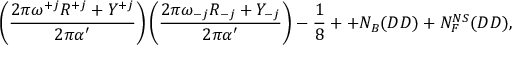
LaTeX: \left( \frac { 2 \pi \omega ^ { + j } R ^ { + j } + Y ^ { + j } } { 2 \pi \alpha ^ { \prime } } \right) \left( \frac { 2 \pi \omega _ { - j } R _ { - j } + Y _ { - j } } { 2 \pi \alpha ^ { \prime } } \right) - \frac { 1 } { 8 } + + N _ { B } ( D D ) + N _ { F } ^ { N S } ( D D ) ,